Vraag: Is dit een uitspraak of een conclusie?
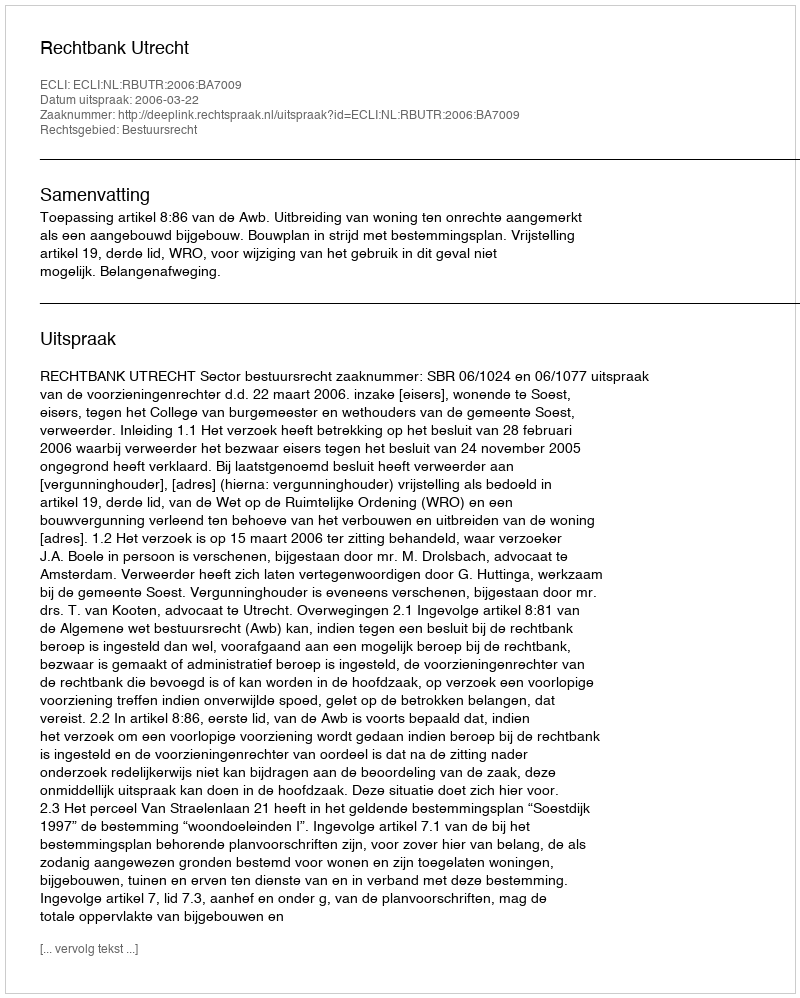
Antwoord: Uitspraak